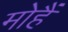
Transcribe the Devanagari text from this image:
मोहैं